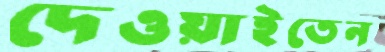
দেওয়াইতেন